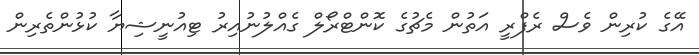
އޭގެ ކުރިން ވެސް ރެފްރީ އަތުން މެޗުގެ ކޮންޓްރޯލް ގެއްލުނުއިރު ޓިއުނީޝިޔާ ކުޅުންތެރިން